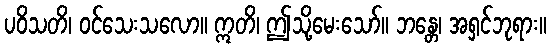
ပဝိသတိ၊ ဝင်သေးသလော။ ဣတိ၊ ဤသို့မေးသော်။ ဘန္တေ၊ အရှင်ဘုရား။